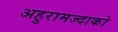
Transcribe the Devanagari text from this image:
अहुरामज्दाको